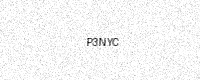
Text: P3NYC